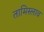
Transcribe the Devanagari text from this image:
तामिस्लाव